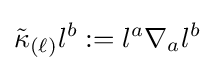
{\tilde {\kappa }}_{(\ell )}l^{b}:=l^{a}\nabla _{a}l^{b}